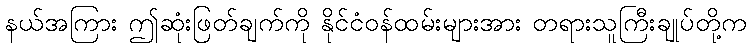
နယ်အကြား ဤဆုံးဖြတ်ချက်ကို နိုင်ငံဝန်ထမ်းများအား တရားသူကြီးချုပ်တို့က